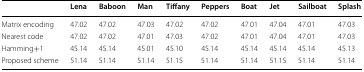
|  | Lena | Baboon | Man | Tiffany | Peppers | Boat | Jet | Sailboat | Splash |
 | --- | --- | --- | --- | --- | --- | --- | --- | --- | --- |
 | Matrix encoding | 47.02 | 47.02 | 47.03 | 47.02 | 47.02 | 47.01 | 47.04 | 47.01 | 47.03 |
 | Nearest code | 47.02 | 47.02 | 47.01 | 47.03 | 47.02 | 47.01 | 47.04 | 47.01 | 47.03 |
 | Hamming+1 | 45.14 | 45.14 | 45.01 | 45.10 | 45.14 | 45.14 | 45.14 | 45.14 | 45.13 |
 | Proposed scheme | 51.14 | 51.14 | 51.14 | 51.15 | 51.14 | 51.14 | 51.15 | 51.14 | 51.14 |